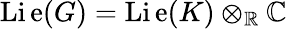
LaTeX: \operatorname{Li\mathrm{e}}(G)=\operatorname{Li\mathrm{e}}(K)\otimes_{\mathbb{{R}}}\mathbb{{C}}